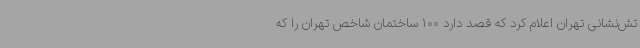
تش‌نشانی تهران اعلام کرد که قصد دارد 100 ساختمان شاخص تهران را که